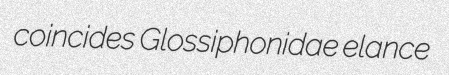
coincides Glossiphonidae elance